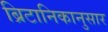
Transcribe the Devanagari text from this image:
ब्रिटानिकानुसार